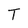
Character: T